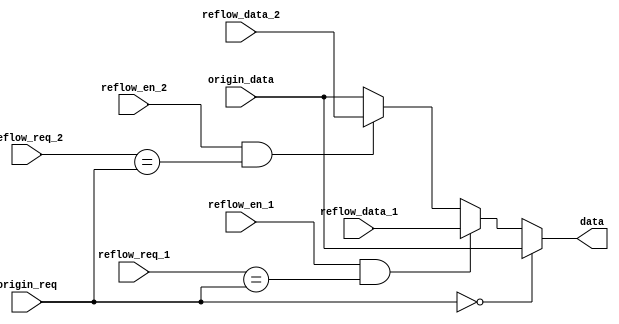
`timescale 1ns / 1ps

// Brief: DataFlow redirection
module CmbReFlowDual(
    input [4:0]  origin_req, 
    input [31:0] origin_data,
    input reflow_en_1,
    input [4:0]reflow_req_1,
    input [31:0]reflow_data_1,
    input reflow_en_2,
    input [4:0]reflow_req_2,
    input [31:0]reflow_data_2,
    output reg [31:0] data
);
    always @(*) begin 
        data = origin_data;
        
        if(reflow_en_2 && reflow_req_2 == origin_req)  begin
            data = reflow_data_2;
        end
        if(reflow_en_1 && reflow_req_1 == origin_req)  begin
            data = reflow_data_1;
        end
        if(origin_req == 0) begin
            data = origin_data;
        end
    end
endmodule

module CmbReFlowSingle(
    input [4:0]  origin_req, 
    input [31:0] origin_data,
    input reflow_en_1,
    input [4:0]reflow_req_1,
    input [31:0]reflow_data_1,
    output reg [31:0] data
);
    always @(*) begin 
        data = origin_data;
        if(reflow_en_1 && reflow_req_1 == origin_req)  begin
            data = reflow_data_1;
        end
        if(origin_req == 0) begin
            data = origin_data;
        end
    end
endmodule